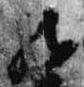
然